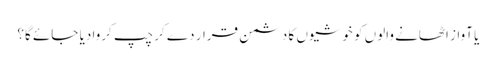
یا آواز اٹھانے والوں کو خوشیوں کا دشمن قرار دے کر چپ کروا دیا جائے گا؟